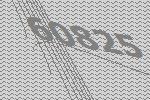
60825